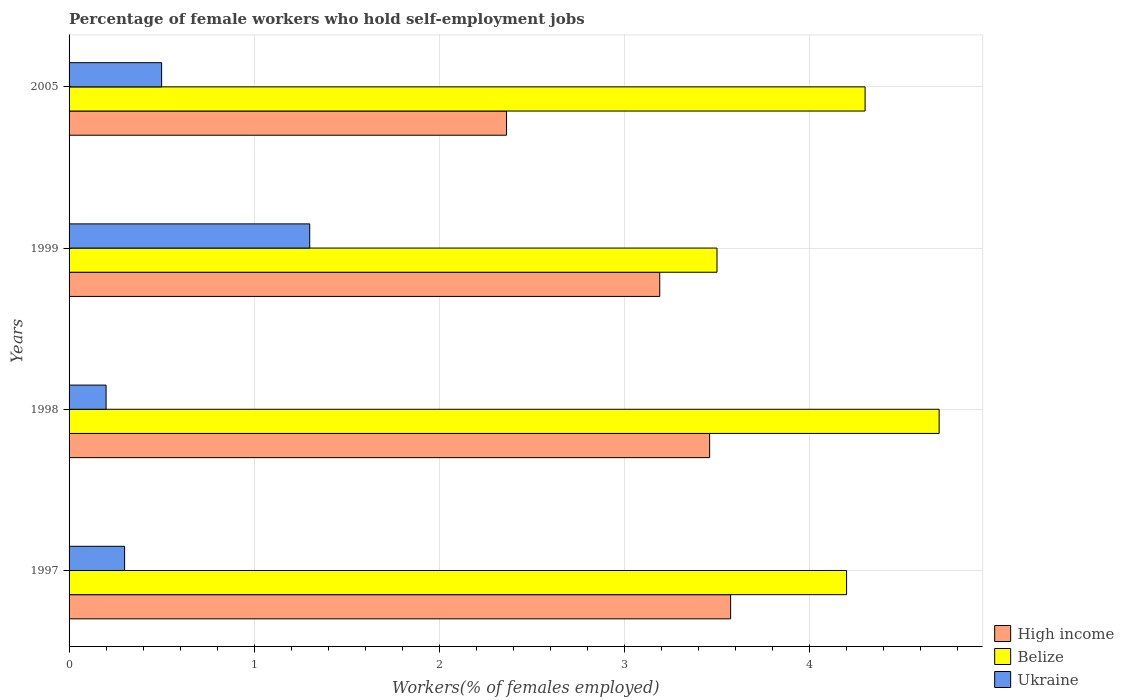
| Years | High income | Belize | Ukraine |
 | --- | --- | --- | --- |
 | 1997 | 3.57 | 4.2 | 0.3 |
 | 1998 | 3.46 | 4.7 | 0.2 |
 | 1999 | 3.19 | 3.5 | 1.3 |
 | 2005 | 2.36 | 4.3 | 0.5 |